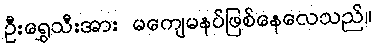
ဦးရွှေသီးအား မကျေမနပ်ဖြစ်နေလေသည်။